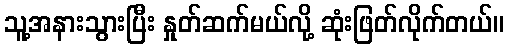
သူ့အနားသွားပြီး နှုတ်ဆက်မယ်လို့ ဆုံးဖြတ်လိုက်တယ်။